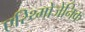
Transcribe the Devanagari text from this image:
एरिथ्मोजेनिक